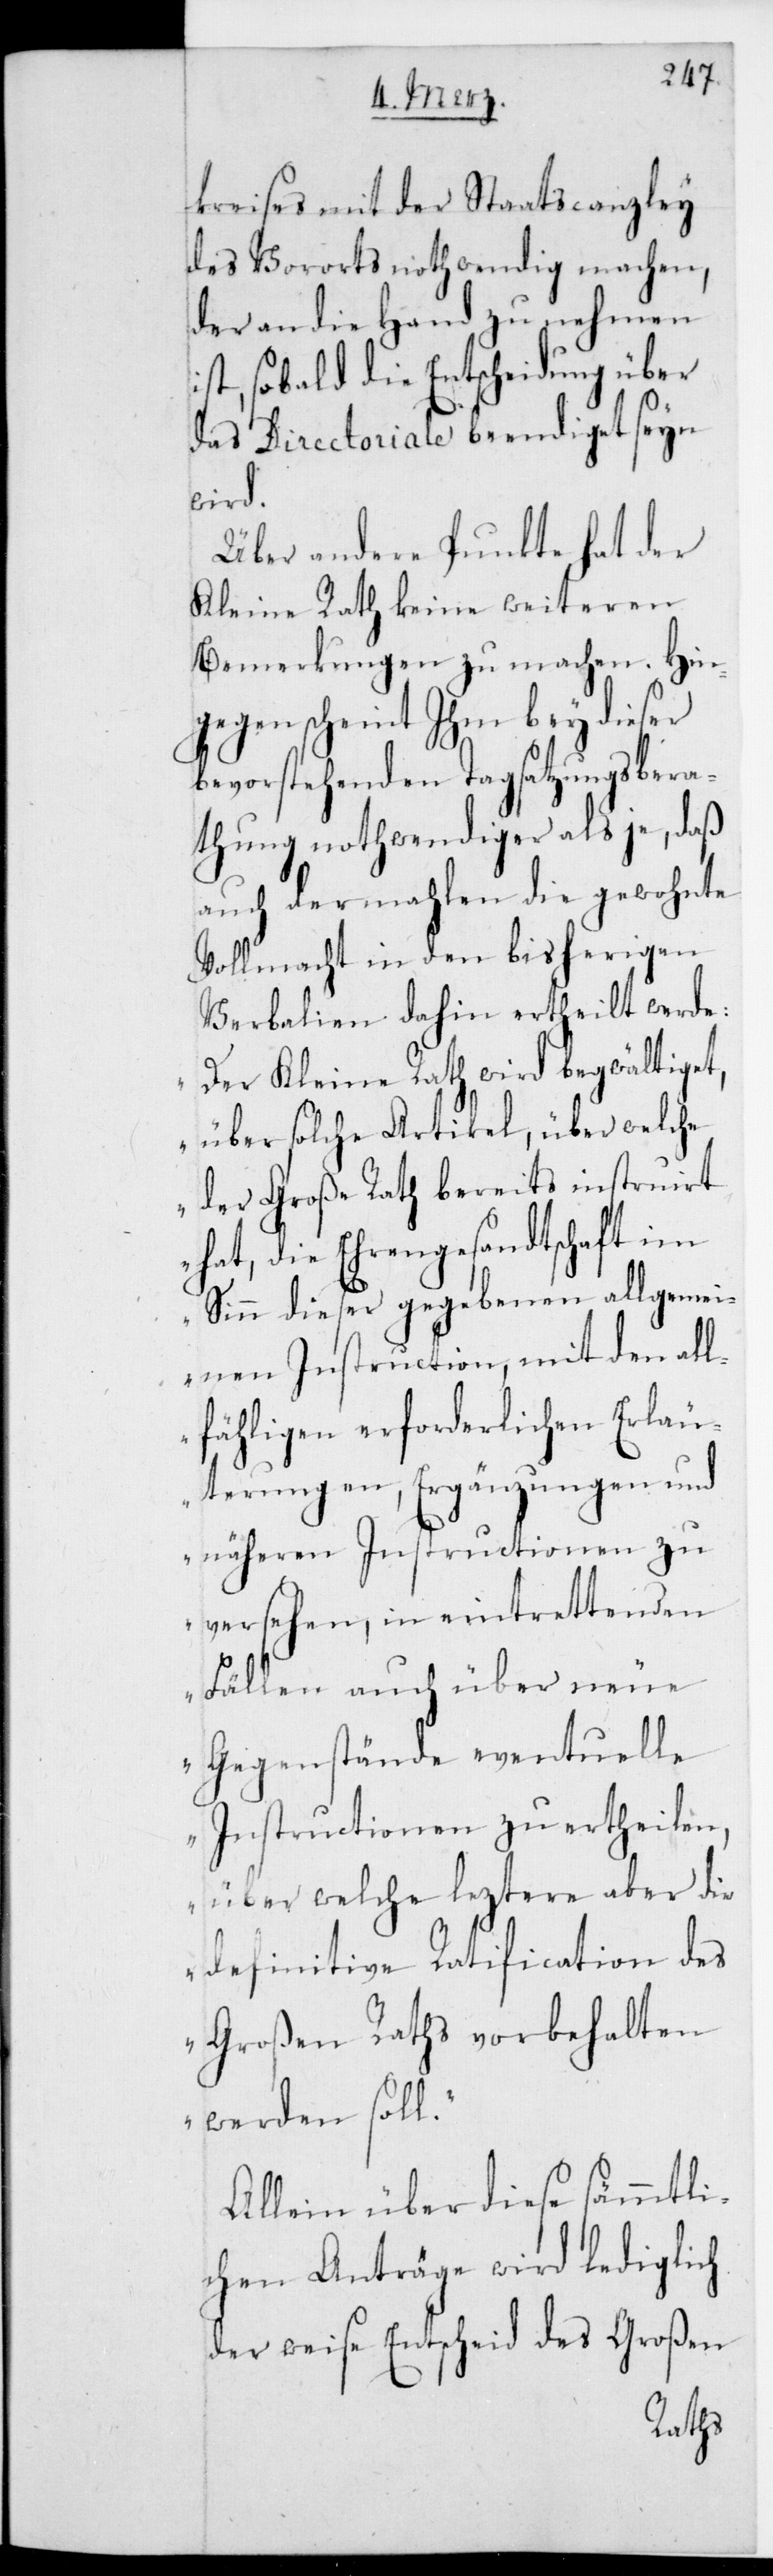
kreises mit der Staatscanzley
des Vororts nothwendig machen,
der an die Hand zu nehmen
ist, sobald die Entscheidung über
das Directoriale beendiget sein
wird.
Über andere Punkte hat der
Kleine Rath keine weiteren
Bemerkungen zu machen. Hin¬
gegen scheint ihm bey dieser
bevorstehenden Tagsatzungsbera¬
thung nothwendiger als je, daß
auch dermahlen die gewohnte
Vollmacht in den bisherigen
Verbalien dahin ertheilt werde:
„Der Kleine Rath wird begwältiget,
über solche Artikel, über welche
der Große Rath bereits instruiert
hat, die Ehrengesandtschaft im
allgemei¬
Sinn dieser gegebenen
nen Instruction, mit den all¬
fähligen erforderlichen Erläu¬
terungen, Ergänzungen und
näheren Instructionen zu
versehen, in eintrettenden
Fällen auch über neue
Gegenstände eventuelle
Instructionen zu ertheilen,
über welche leztere aber die
definitive Ratification des
Großen Raths vorbehalten
werden soll“.
Allein über diese sämmtli¬
chen Anträge wird lediglich
der weise Entscheid des Großen